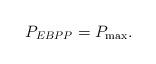
LaTeX: \begin{align*}P_{EBPP} = P_{\max}.\end{align*}